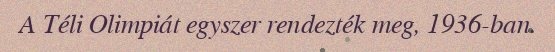
A Téli Olimpiát egyszer rendezték meg, 1936-ban.